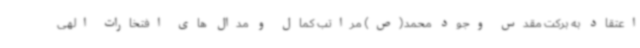
اعتقاد به برکت مقدس وجود محمد(ص) مراتب کمال و مدال های افتخارات الهی